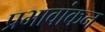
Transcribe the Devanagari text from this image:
प्रभावांकन